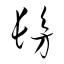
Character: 髣